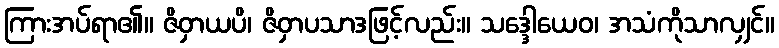
ကြားအပ်ရာ၏။ ဇိဝှာယပိ၊ ဇိဝှာပသာဒဖြင့်လည်း။ သဒ္ဒေါယေဝ၊ အသံကိုသာလျှင်။